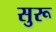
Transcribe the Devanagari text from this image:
सुरू